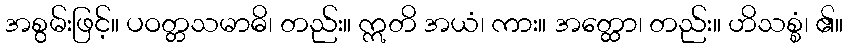
အစွမ်းဖြင့်။ ပဝတ္တသမာဓိ၊ တည်း။ ဣတိ အယံ၊ ကား။ အတ္ထော၊ တည်း။ ဟိသစ္စံ၊ ၏။